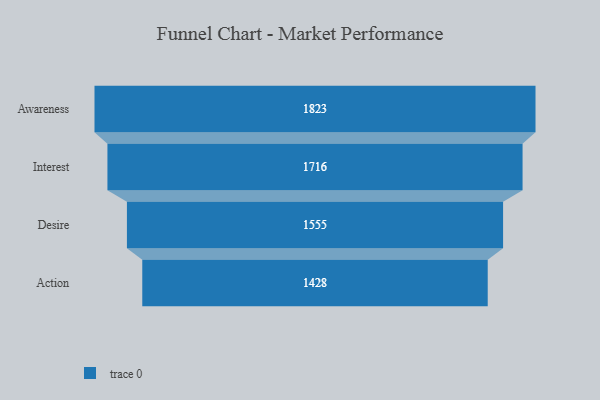
{"axis": {"x": "Stage", "y": "Value"}, "legend": [""], "data": [{"x": "Awareness", "y": 1823.0, "type": ""}, {"x": "Interest", "y": 1716.0, "type": ""}, {"x": "Desire", "y": 1555.0, "type": ""}, {"x": "Action", "y": 1428.0, "type": ""}]}